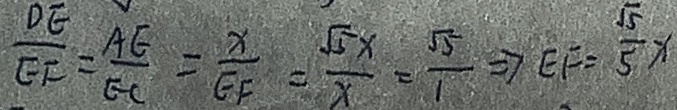
\frac { D E } { E F } = \frac { A E } { E C } = \frac { x } { E F } = \frac { \sqrt { 5 } x } { x } = \frac { \sqrt { 5 } } { 1 } \Rightarrow E F = \frac { \sqrt { 5 } } { 5 } x